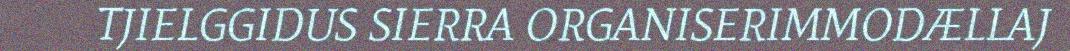
TJIELGGIDUS SIERRA ORGANISERIMMODÆLLAJ